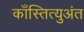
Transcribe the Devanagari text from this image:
काँस्तित्युअंत